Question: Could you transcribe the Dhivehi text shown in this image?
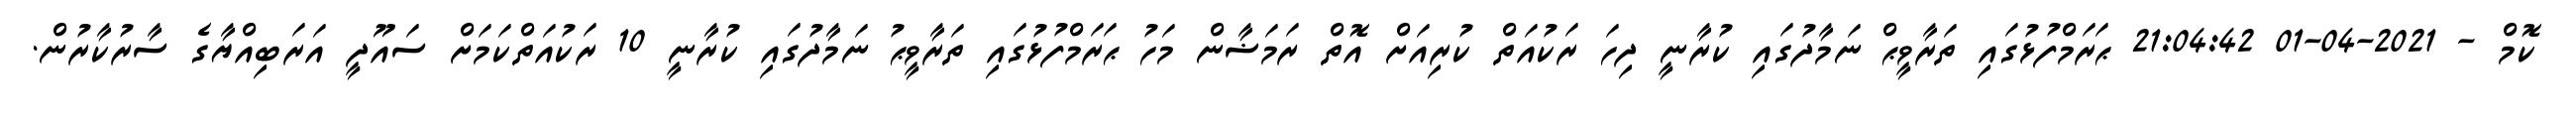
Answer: ކޮމް - 2021-04-01 21:04:42 ޙަރަމްފުޅުގައި ތަރާވީޙް ނަމާދުގައި ކުރާނީ ދިހަ ރަކުއަތް ކުރިއަށް އޮތް ރަމަޟާން މަހު ޙަރަމްފުޅުގައި ތަރާވީޙު ނަމާދުގައި ކުރާނީ 10 ރަކުއަތްކަމަށް ސައޫދީ އަރަބިއްޔާގެ ސާރުކާރުން.